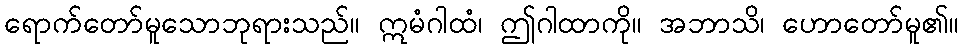
ရောက်တော်မူသောဘုရားသည်။ ဣမံဂါထံ၊ ဤဂါထာကို။ အဘာသိ၊ ဟောတော်မူ၏။